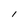
Character: I